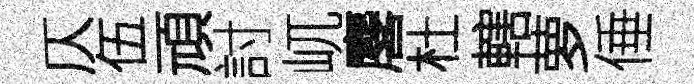
仄伍頑討屼麐杜轄萝倕